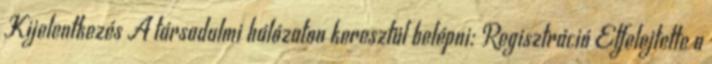
Kijelentkezés A társadalmi hálózaton keresztül belépni: Regisztráció Elfelejtette a